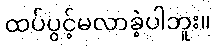
ထပ်ပွင့်မလာခဲ့ပါဘူး။